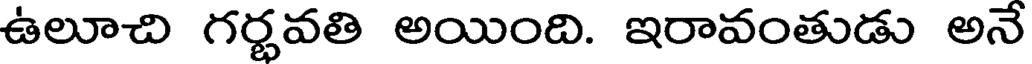
ఉలూచి గర్భవతి అయింది. ఇరావంతుడు అనే